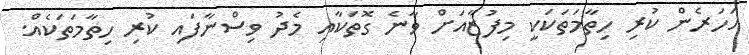
އަހަރެން ކުރި ހިތާމަތަކަކީ މިފުޒާއަށް ވާނެ ގޮތަކާއި މެދު ވިސްނާފައި ކުރި ހިތާމަތަކެއް.